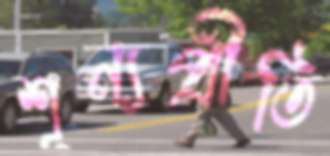
শূন্যপ্রীতি